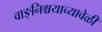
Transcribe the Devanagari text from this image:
वाङ्‌निश्चयाच्यावेळी